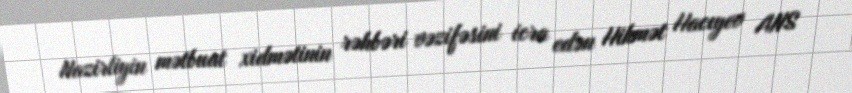
Nazirliyin mətbuat xidmətinin rəhbəri vəzifəsini icra edən Hikmət Hacıyev ANS